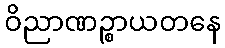
ဝိညာဏဉ္စာယတနေ